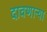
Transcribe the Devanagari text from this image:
दावणाऱ्या